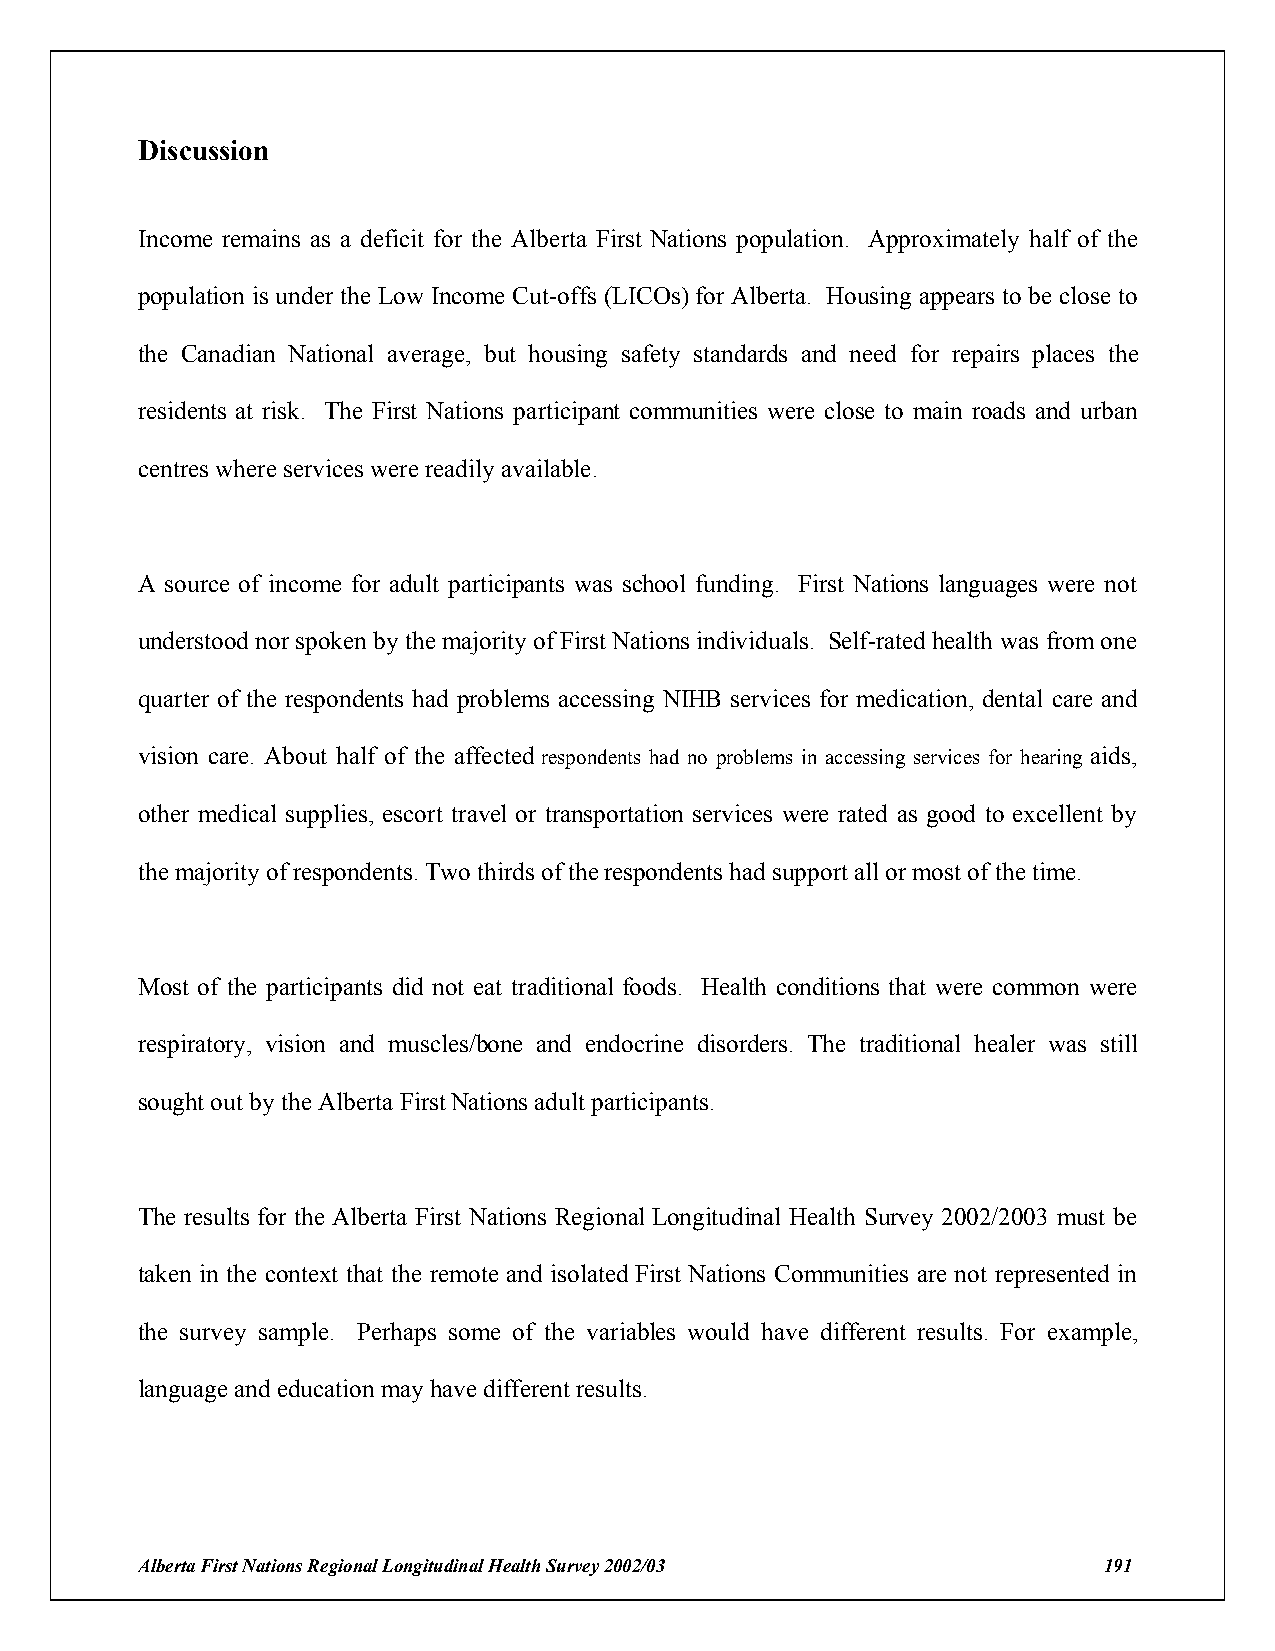
Discussion
 Income remains as a deficit for the Alberta First Nations population. Approximately half of the
 population is under the Low Income Cut-offs (LICOs) for Alberta. Housing appears to be close to
 the Canadian National average, but housing safety standards and need for repairs places the
 residents at risk. The First Nations participant communities were close to main roads and urban
 centres where services were readily available.
 A source of income for adult participants was school funding. First Nations languages were not
 understood nor spoken by the majority of First Nations individuals. Self-rated health was from one
 quarter of the respondents had problems accessing NIHB services for medication, dental care and
 vision care. About half of the affected respondents had no problems in accessing services for hearing aids,
 other medical supplies, escort travel or transportation services were rated as good to excellent by
 the majority of respondents. Two thirds of the respondents had support all or most of the time.
 Most of the participants did not eat traditional foods. Health conditions that were common were
 respiratory, vision and muscles/bone and endocrine disorders. The traditional healer was still
 sought out by the Alberta First Nations adult participants.
 The results for the Alberta First Nations Regional Longitudinal Health Survey 2002/2003 must be
 taken in the context that the remote and isolated First Nations Communities are not represented in
 the survey sample. Perhaps some of the variables would have different results. For example,
 language and education may have different results.
 Alberta First Nations Regional Longitudinal Health Survey 2002/03 191